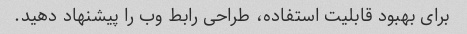
برای بهبود قابلیت استفاده، طراحی رابط وب را پیشنهاد دهید.